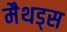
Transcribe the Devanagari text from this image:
मैथड्स